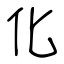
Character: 化